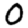
Digit: 0